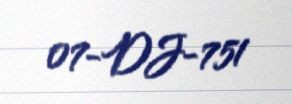
07-DJ-751